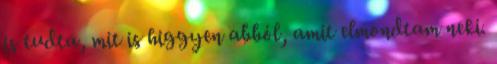
is tudta, mit is higgyen abból, amit elmondtam neki.